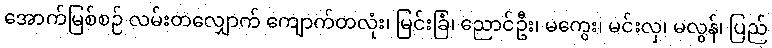
အောက်မြစ်စဉ် လမ်းတလျှောက် ကျောက်တလုံး၊ မြင်းခြံ၊ ညောင်ဦး၊ မကွေး၊ မင်းလှ၊ မလွန်၊ ပြည်